Annual administration and progress report of the Indian Medical Department, Bombay
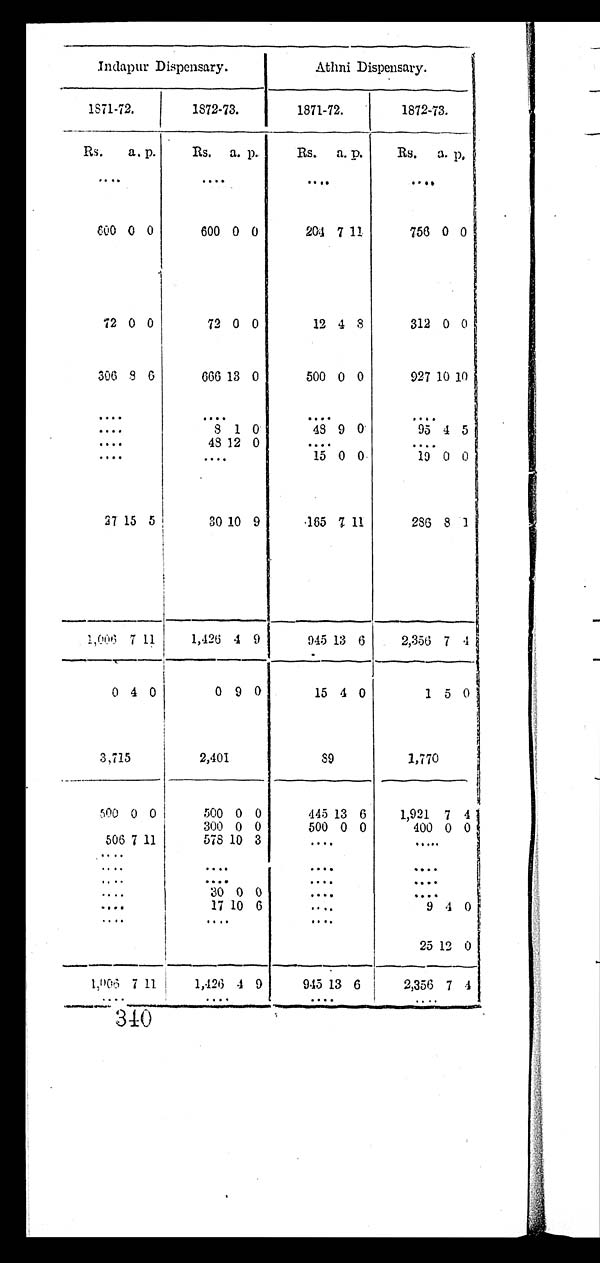
Indapur Dispensary.
Athni Dispensary.
1871-72.
1872-73.
1871-72.
1872-73.
Rs.
a. p.
Rs.
a. p.
Rs.
a. p.
Rs.
a. p.
. . .
. . .
. . .
. . .
600 0 0
600 0 0
204 7 11
756 0 0
72 0 0
72 0 0
12 4 8
312 0 0
306 8 6
666 13 0
500 0 0
927 10 10
. . .
. . .
. . .
. . .
. . .
8 1 0
48 9 0
95 4 5
. . .
48 12 0
. . .
. . .
. . .
. . .
15 0 0
19 0 0
27 15 5
30 10 9
165 7 11
286 8 1
1,006 7 11
1,426 4 9
945 13 6
2,356 7 4
0 4 0
0 9 0
15 4 0
1 5 0
3,715
2,401
89
1,770
500 0 0
500 0 0
445 13 6
1,921 7 4
. . .
300 0 0
500 0 0
400 0 0
506 7 11
578 10 3
. . .
. . .
. . .
. . .
. . .
. . .
. . .
. . .
. . .
. . .
. . .
30 0 0
. . . .
. . .
. . .
17 10 6
. . .
9 4 0
. . .
. . .
. . .
. . .
. . .
. . .
25 12 0
1,006 7 11
1,426 4 9
945 13 6
2,356 7 4
. . .
. . . . .
. . .
. . .
340